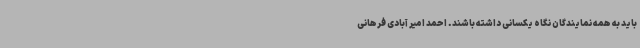
باید به همه نمایندگان نگاه یکسانی داشته باشند. احمد امیر آبادی فرهانی